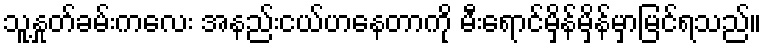
သူ့နှုတ်ခမ်းကလေး အနည်းငယ်ဟနေတာကို မီးရောင်မှိန်မှိန်မှာမြင်ရသည်။